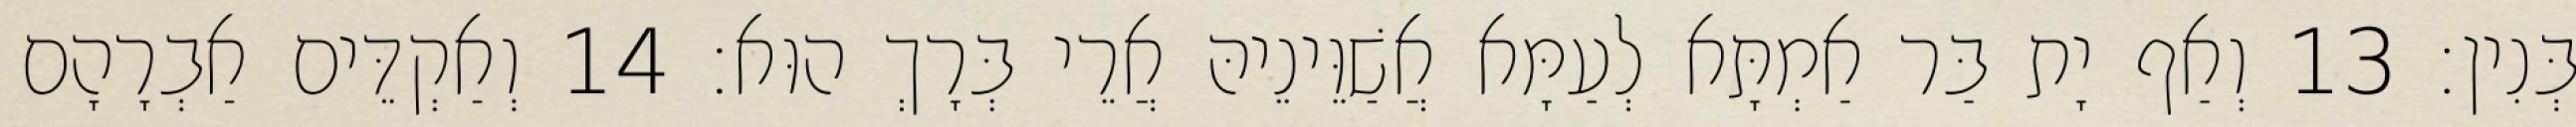
בְּנִין׃ 13 וְאַף יָת בַּר אַמְתָּא לְעַמָּא אֲשַׁוֵּינֵיהּ אֲרֵי בְּרָךְ הוּא׃ 14 וְאַקְדֵּים אַבְרָהָם